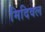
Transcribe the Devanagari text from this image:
मिदिवल